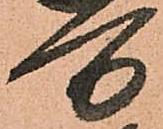
万